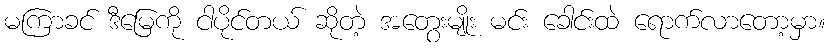
မကြာခင် ဒီမြေကို ငါပိုင်တယ် ဆိုတဲ့ အတွေးမျိုး မင်း ခေါင်းထဲ ရောက်လာတော့မှာ။